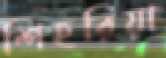
শিহরিয়া